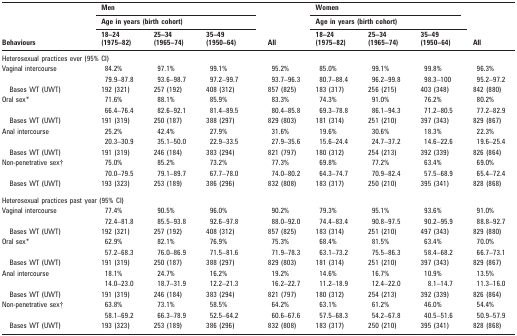
<table><thead><tr><td rowspan="3"><b>Behaviours</b></td><td colspan="3"><b>Men</b></td><td rowspan="3"><b>All</b></td><td colspan="3"><b>Women</b></td><td rowspan="3"><b>All</b></td></tr><tr><td colspan="3"><b>Age in years (birth cohort)</b></td><td colspan="3"><b>Age in years (birth cohort)</b></td></tr><tr><td><b>18–24 (1975–82)</b></td><td><b>25–34 (1965–74)</b></td><td><b>35–49 (1950–64)</b></td><td><b>18–24 (1975–82)</b></td><td><b>25–34 (1965–74)</b></td><td><b>35–49 (1950–64)</b></td></tr></thead><tbody><tr><td colspan="9">Heterosexual practices ever (95% CI)</td></tr><tr><td>Vaginal intercourse</td><td>84.2%</td><td>97.1%</td><td>99.1%</td><td>95.2%</td><td>85.0%</td><td>99.1%</td><td>99.8%</td><td>96.3%</td></tr><tr><td></td><td>79.9–87.8</td><td>93.6–98.7</td><td>97.2–99.7</td><td>93.7–96.3</td><td>80.7–88.4</td><td>96.2–99.8</td><td>98.3–100</td><td>95.2–97.2</td></tr><tr><td>Bases WT (UWT)</td><td>192 (321)</td><td>257 (192)</td><td>408 (312)</td><td>857 (825)</td><td>183 (317)</td><td>256 (215)</td><td>403 (348)</td><td>842 (880)</td></tr><tr><td>Oral sex*</td><td>71.6%</td><td>88.1%</td><td>85.9%</td><td>83.3%</td><td>74.3%</td><td>91.0%</td><td>76.2%</td><td>80.2%</td></tr><tr><td></td><td>66.4–76.4</td><td>82.6–92.1</td><td>81.4–89.5</td><td>80.4–85.8</td><td>69.3–78.8</td><td>86.1–94.3</td><td>71.2–80.5</td><td>77.2–82.9</td></tr><tr><td>Bases WT (UWT)</td><td>191 (319)</td><td>250 (187)</td><td>388 (297)</td><td>829 (803)</td><td>181 (314)</td><td>251 (210)</td><td>397 (343)</td><td>829 (867)</td></tr><tr><td>Anal intercourse</td><td>25.2%</td><td>42.4%</td><td>27.9%</td><td>31.6%</td><td>19.6%</td><td>30.6%</td><td>18.3%</td><td>22.3%</td></tr><tr><td></td><td>20.3–30.9</td><td>35.1–50.0</td><td>22.9–33.5</td><td>27.9–35.6</td><td>15.6–24.4</td><td>24.7–37.2</td><td>14.6–22.6</td><td>19.6–25.4</td></tr><tr><td>Bases WT (UWT)</td><td>191 (319)</td><td>246 (184)</td><td>383 (294)</td><td>821 (797)</td><td>180 (312)</td><td>254 (213)</td><td>392 (339)</td><td>826 (864)</td></tr><tr><td>Non-penetrative sex†</td><td>75.0%</td><td>85.2%</td><td>73.2%</td><td>77.3%</td><td>69.8%</td><td>77.2%</td><td>63.4%</td><td>69.0%</td></tr><tr><td></td><td>70.0–79.5</td><td>79.1–89.7</td><td>67.7–78.0</td><td>74.0–80.2</td><td>64.3–74.7</td><td>70.9–82.4</td><td>57.5–68.9</td><td>65.4–72.4</td></tr><tr><td>Bases WT (UWT)</td><td>193 (323)</td><td>253 (189)</td><td>386 (296)</td><td>832 (808)</td><td>183 (317)</td><td>250 (210)</td><td>395 (341)</td><td>828 (868)</td></tr><tr><td colspan="9">Heterosexual practices past year (95% CI)</td></tr><tr><td>Vaginal intercourse</td><td>77.4%</td><td>90.5%</td><td>96.0%</td><td>90.2%</td><td>79.3%</td><td>95.1%</td><td>93.6%</td><td>91.0%</td></tr><tr><td></td><td>72.4–81.8</td><td>85.5–93.8</td><td>92.6–97.8</td><td>88.0–92.0</td><td>74.4–83.4</td><td>90.8–97.5</td><td>90.2–95.9</td><td>88.8–92.7</td></tr><tr><td>Bases WT (UWT)</td><td>192 (321)</td><td>257 (192)</td><td>408 (312)</td><td>857 (825)</td><td>183 (314)</td><td>251 (210)</td><td>497 (343)</td><td>829 (880)</td></tr><tr><td>Oral sex*</td><td>62.9%</td><td>82.1%</td><td>76.9%</td><td>75.3%</td><td>68.4%</td><td>81.5%</td><td>63.4%</td><td>70.0%</td></tr><tr><td></td><td>57.2–68.3</td><td>76.0–86.9</td><td>71.5–81.6</td><td>71.9–78.3</td><td>63.1–73.2</td><td>75.5–86.3</td><td>58.4–68.2</td><td>66.7–73.1</td></tr><tr><td>Bases WT (UWT)</td><td>191 (319)</td><td>250 (187)</td><td>388 (297)</td><td>829 (803)</td><td>181 (314)</td><td>251 (210)</td><td>397 (343)</td><td>829 (867)</td></tr><tr><td>Anal intercourse</td><td>18.1%</td><td>24.7%</td><td>16.2%</td><td>19.2%</td><td>14.6%</td><td>16.7%</td><td>10.9%</td><td>13.5%</td></tr><tr><td></td><td>14.0–23.0</td><td>18.7–31.9</td><td>12.2–21.3</td><td>16.2–22.7</td><td>11.2–18.9</td><td>12.4–22.0</td><td>8.1–14.7</td><td>11.3–16.0</td></tr><tr><td>Bases WT (UWT)</td><td>191 (319)</td><td>246 (184)</td><td>383 (294)</td><td>821 (797)</td><td>180 (312)</td><td>254 (213)</td><td>392 (339)</td><td>826 (864)</td></tr><tr><td>Non-penetrative sex†</td><td>63.8%</td><td>73.1%</td><td>58.5%</td><td>64.2%</td><td>63.1%</td><td>61.2%</td><td>46.0%</td><td>54.4%</td></tr><tr><td></td><td>58.1–69.2</td><td>66.3–78.9</td><td>52.5–64.2</td><td>60.6–67.6</td><td>57.5–68.3</td><td>54.2–67.8</td><td>40.5–51.6</td><td>50.9–57.9</td></tr><tr><td>Bases WT (UWT)</td><td>193 (323)</td><td>253 (189)</td><td>386 (296)</td><td>832 (808)</td><td>183 (317)</td><td>250 (210)</td><td>395 (341)</td><td>828 (868)</td></tr></tbody></table>